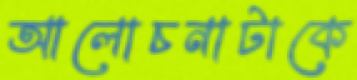
আলোচনাটাকে